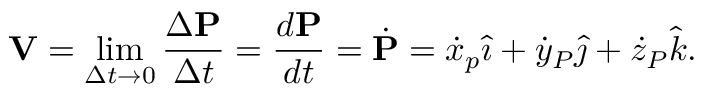
\mathbf { V } = \operatorname* { l i m } _ { \Delta t \rightarrow 0 } { \frac { \Delta \mathbf { P } } { \Delta t } } = { \frac { d \mathbf { P } } { d t } } = { \dot { \mathbf { P } } } = { \dot { x } } _ { p } { \hat { \imath } } + { \dot { y } } _ { P } { \hat { \jmath } } + { \dot { z } } _ { P } { \hat { k } } .